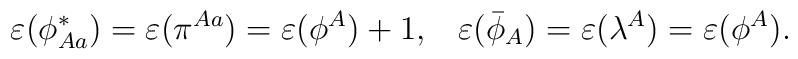
\varepsilon(\phi_{Aa}^*)=\varepsilon(\pi^{Aa})=\varepsilon(\phi^A)+1, \;\;\; \varepsilon(\bar{\phi}_A)=\varepsilon({\lambda}^A)=\varepsilon(\phi^A).